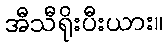
အီသီရိုးပီးယား။